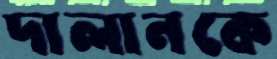
দালানকে